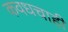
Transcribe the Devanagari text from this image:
कवधचाही